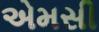
એમસી